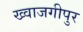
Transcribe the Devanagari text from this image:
ख्वाजगीपुर